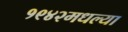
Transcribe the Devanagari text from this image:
१९४२मधल्या